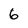
Character: 6